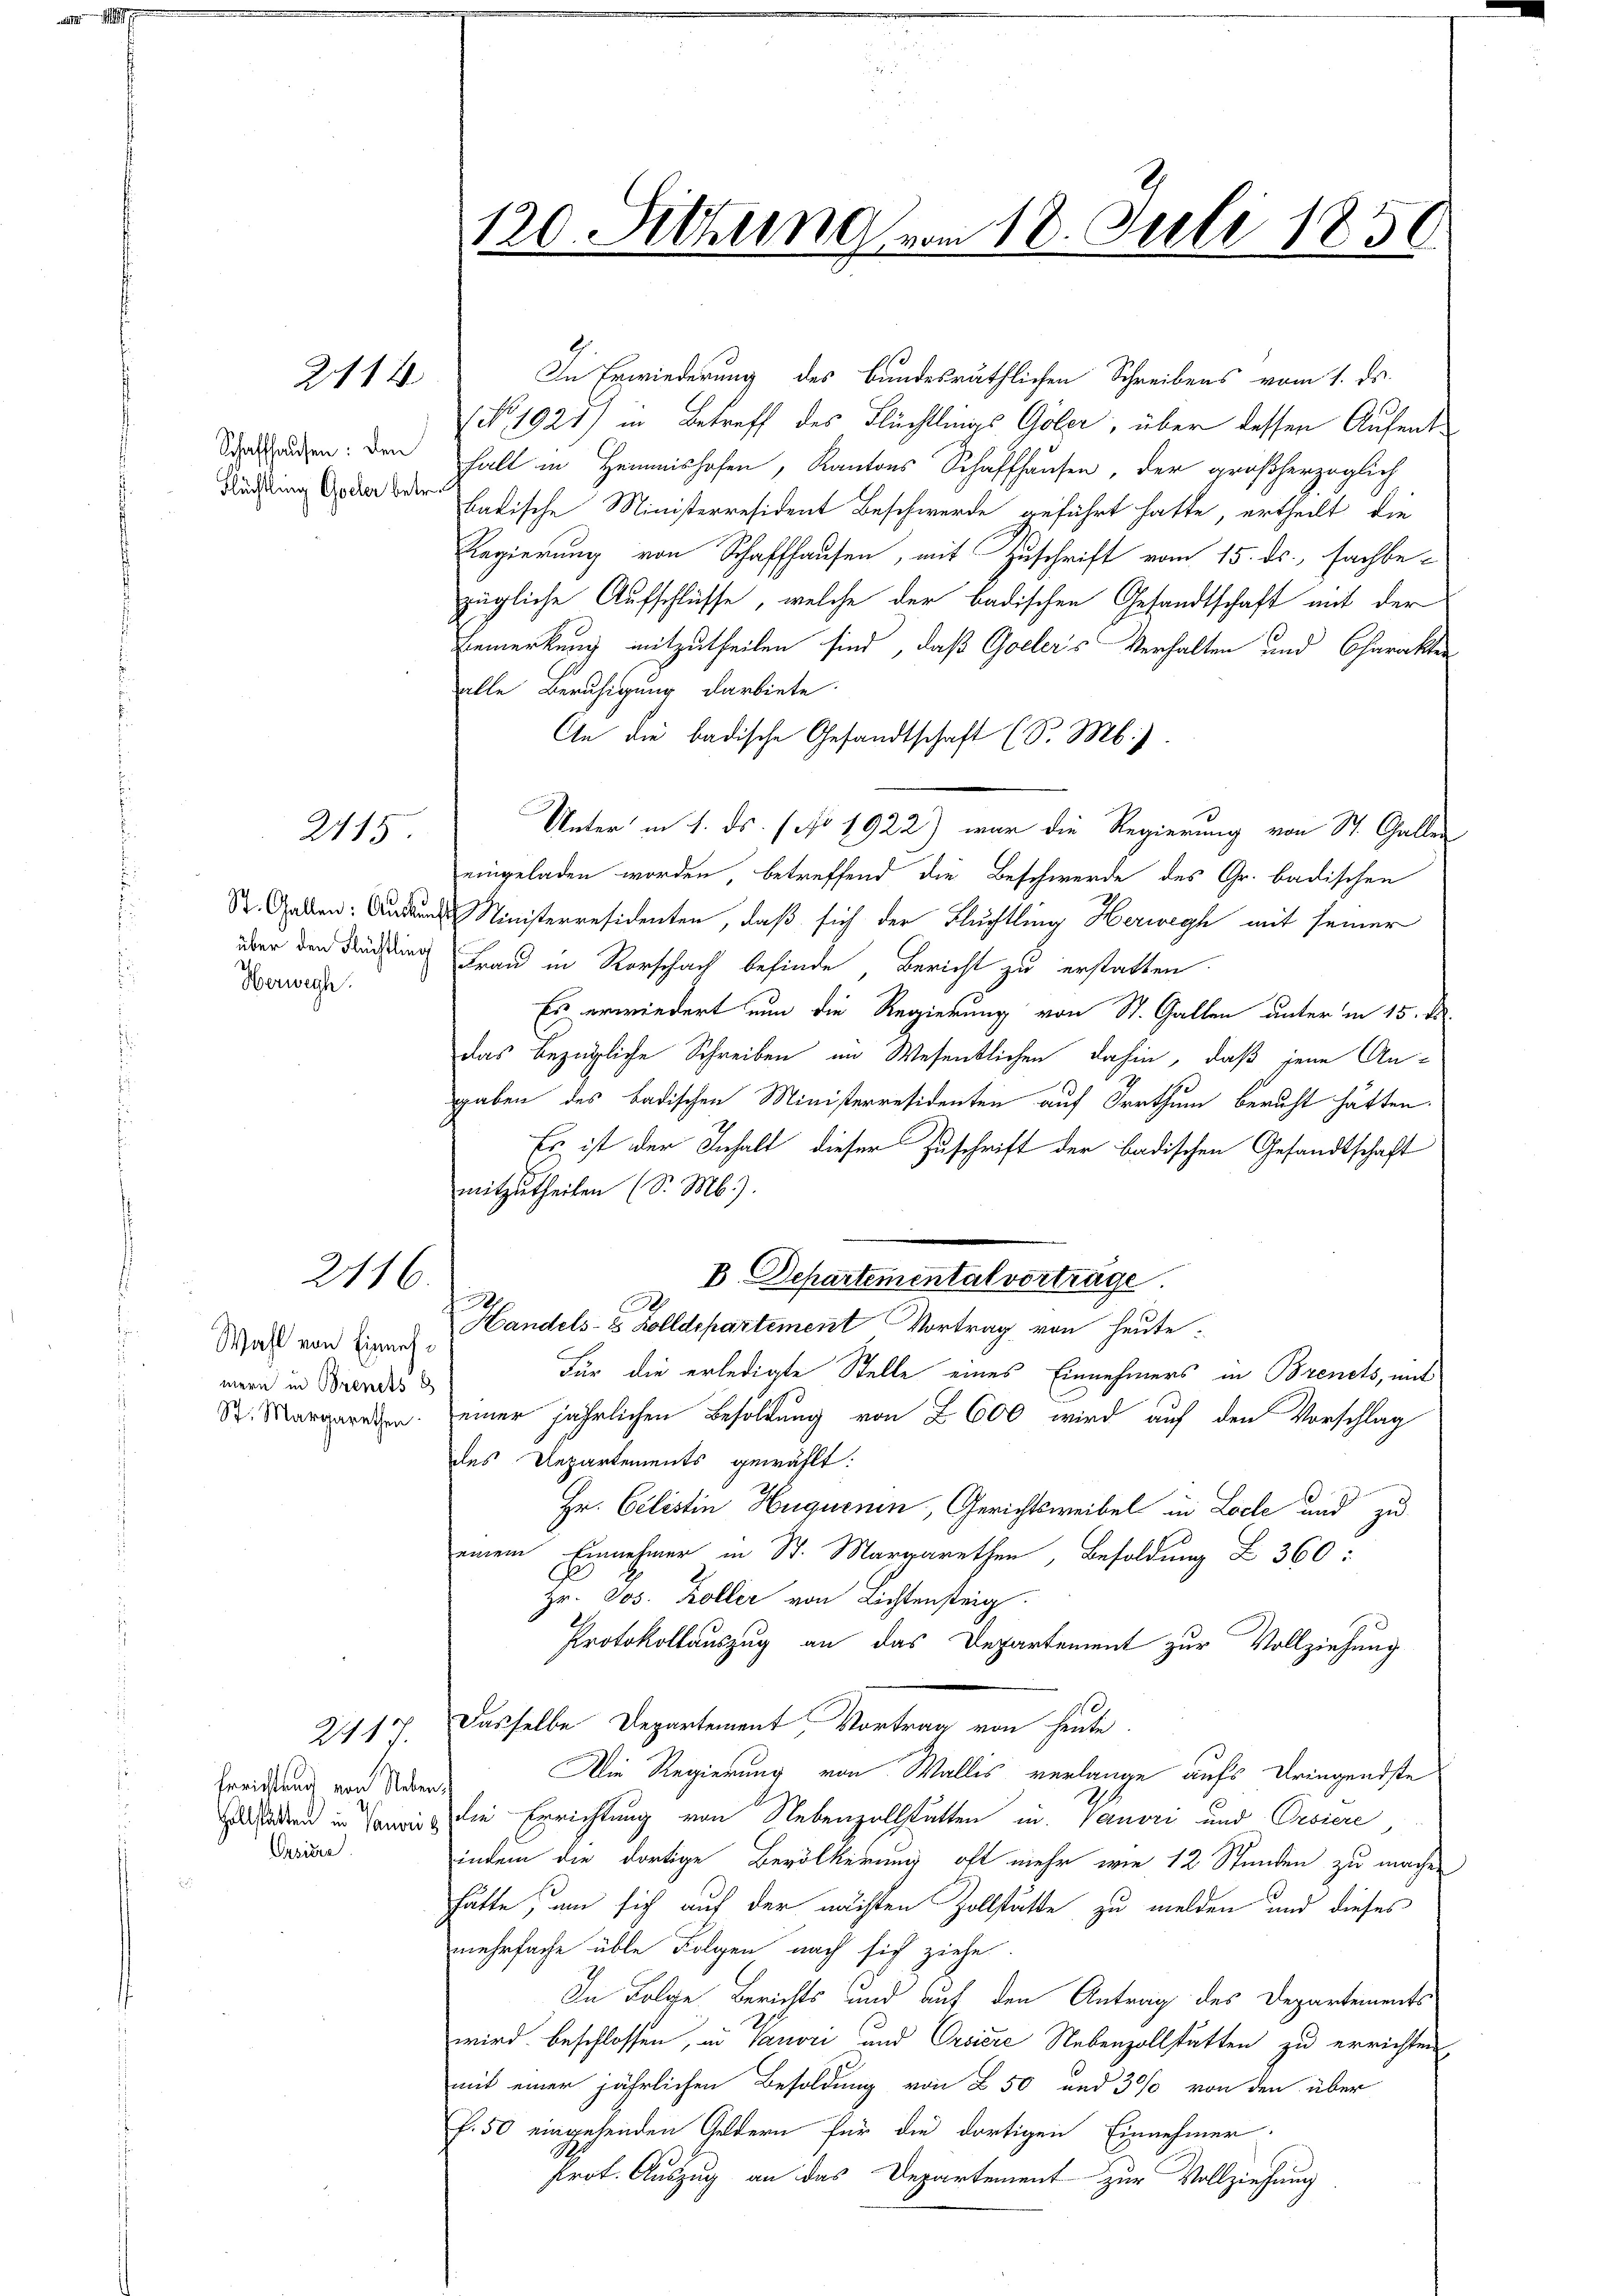
2114

Schaffhausen: den
Flüchtling Gotter betr.

2115

über den Flüchtling
Herwech

2116.

Wahl von Einnahmern in Brents d
St. Margarethen

Freistand von Neben
Hollstätten in Vanvi
asiere

2117

120. Setzung vom 18. Juli 1850.

In Erwiederung des bundesräthlichen Schreibens vom 1. ds.
NNo. 1921) in Betreff des Flüchtlings Göler, über dessen Aufentfall in Hemmnishofen, Kantons Schaffhausen, der großherzoglich
batische Ministerresident Beschwerde geführt hatte, ertheilt, die
Regierung von Schaffhausen, mit Zuschrift vom 15. ds. sachbe-
zügliche Aufschlüsse, welche der badischen Gesandtschaft mit der
Bemerkung mitzutheilen sind, daß Goeler's Verhalten und Charakter
alle Beruhigung darbiete
An die badische Gesandtschaft (S. M.)
Unter in 1. ds. (No 1922) war die Regierung von St. Gallen
eingeladen worden, betreffend die Beschwerde des Gr. badischen
St. Gallen: Andere Ministerresidenten, daß sich der Flüchtling Herwegh mit seiner
Frau in Rorschach befinde Bericht zu erstatten.
Es erwiedert nun die Regierung von St. Gallen unter in 15. d.
das bezügliche Schreiben im Wesentlichen dahin, daß jene An-
gaben des badischen Ministerresidenten auf Irrthum beruht hätten.
Es ist der Inhalt dieser Zuschrift der badischen Gesandtschaft
mitzutheilen (S. M.).
B. Departemental vorträge.

Handels- & Zolldepartement Vortrag von heute:
Für die erledigte Stelle eines Einnehmers in Brents, mit
einer jährlichen Besoldung von 2600 wird auf den Vorschlag
des Departements gewählt:
Hr. Celistin Huguenin, Gerichtsweibel in Loche und zu
einem Einnehmer in St. Margarethen, Besoldung L 360 :
Hr. Jos. Koller von Lichtensteig
Protokollauszug an das Departement zur Vollziehung
Dasselbe Departement, Vortrag von heute.
Die Regierung von Wallis verlange aufs Dringendste
die Errichtung von Nebenzollstätten in Panori und Orsiere,
indem die dortige Bevölkerung oft mehr wie 12 Stunden zu machen
hätte, um sich auf der nachten Zollstätte zu melden und dieses
mehrfache üble Folgen nach sich ziehe.
In Folge Berichts und auf den Antrag des Departements
wird beschlossen, in Pauoci und Orsiere Nebenzollstätten zu errichten
mit einer jährlichen Besoldung von 250 und 30% von den über
f. 50 eingehenden Geldern für die dortigen Einnehmer
Prot. Auszug an das Departement zur Vollziehung